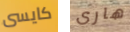
كايسى هارى